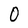
Character: O